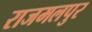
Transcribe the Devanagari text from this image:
राजमलपुर